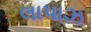
લાપાઝ